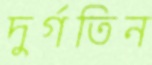
দুর্গতিন